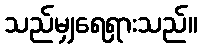
သည်မျှရေရှားသည်။